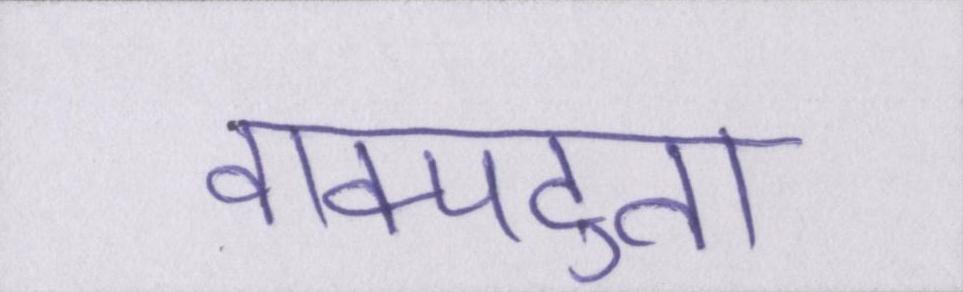
वाक्पटुता